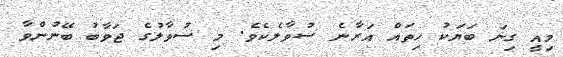
މިއީ ގިނަ ބަޔަކު ހިތައް އަރާނެ ސުވާލެކެވެ. މި ސުވާލުގެ ޖަވާބު ބޭނުންވާ